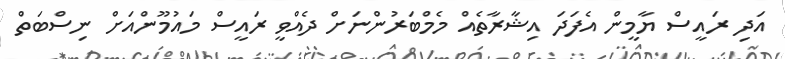
އަދި ރައީސް ޔާމީން އެފަދަ އިޝާރާތެއް މެމްބަރުންނަށް ދެއްވީ ރައީސް މައުމޫންއަށް ނިސްބަތް